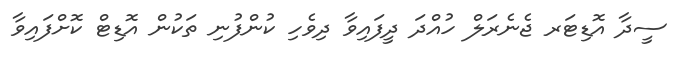
ސީދާ އޮޑިޓަރ ޖެނެރަލް ހުއްދަ ދީފައިވާ ދިވެހި ކުންފުނި ތަކުން އޮޑިޓް ކޮށްފައިވާ